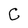
Character: C